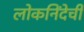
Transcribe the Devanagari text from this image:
लोकनिंदेची